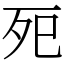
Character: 𭮀